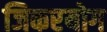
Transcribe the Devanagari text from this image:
जिकरयोग